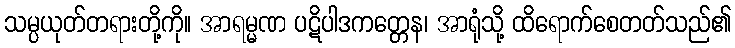
သမ္ပယုတ်တရားတို့ကို။ အာရမ္မဏ ပဋိပါဒကတ္တေန၊ အာရုံသို့ ထိရောက်စေတတ်သည်၏